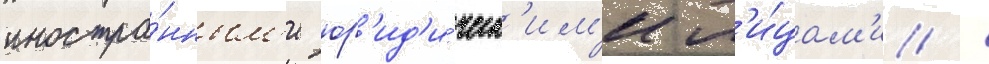
иностра́нным'и юр'ид'и́ческ'им'и л'и́цам'и /